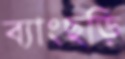
ব্যাংছড়ি